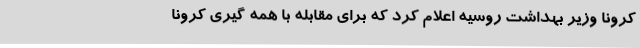
کرونا وزیر بهداشت روسیه اعلام کرد که برای مقابله با همه گیری کرونا